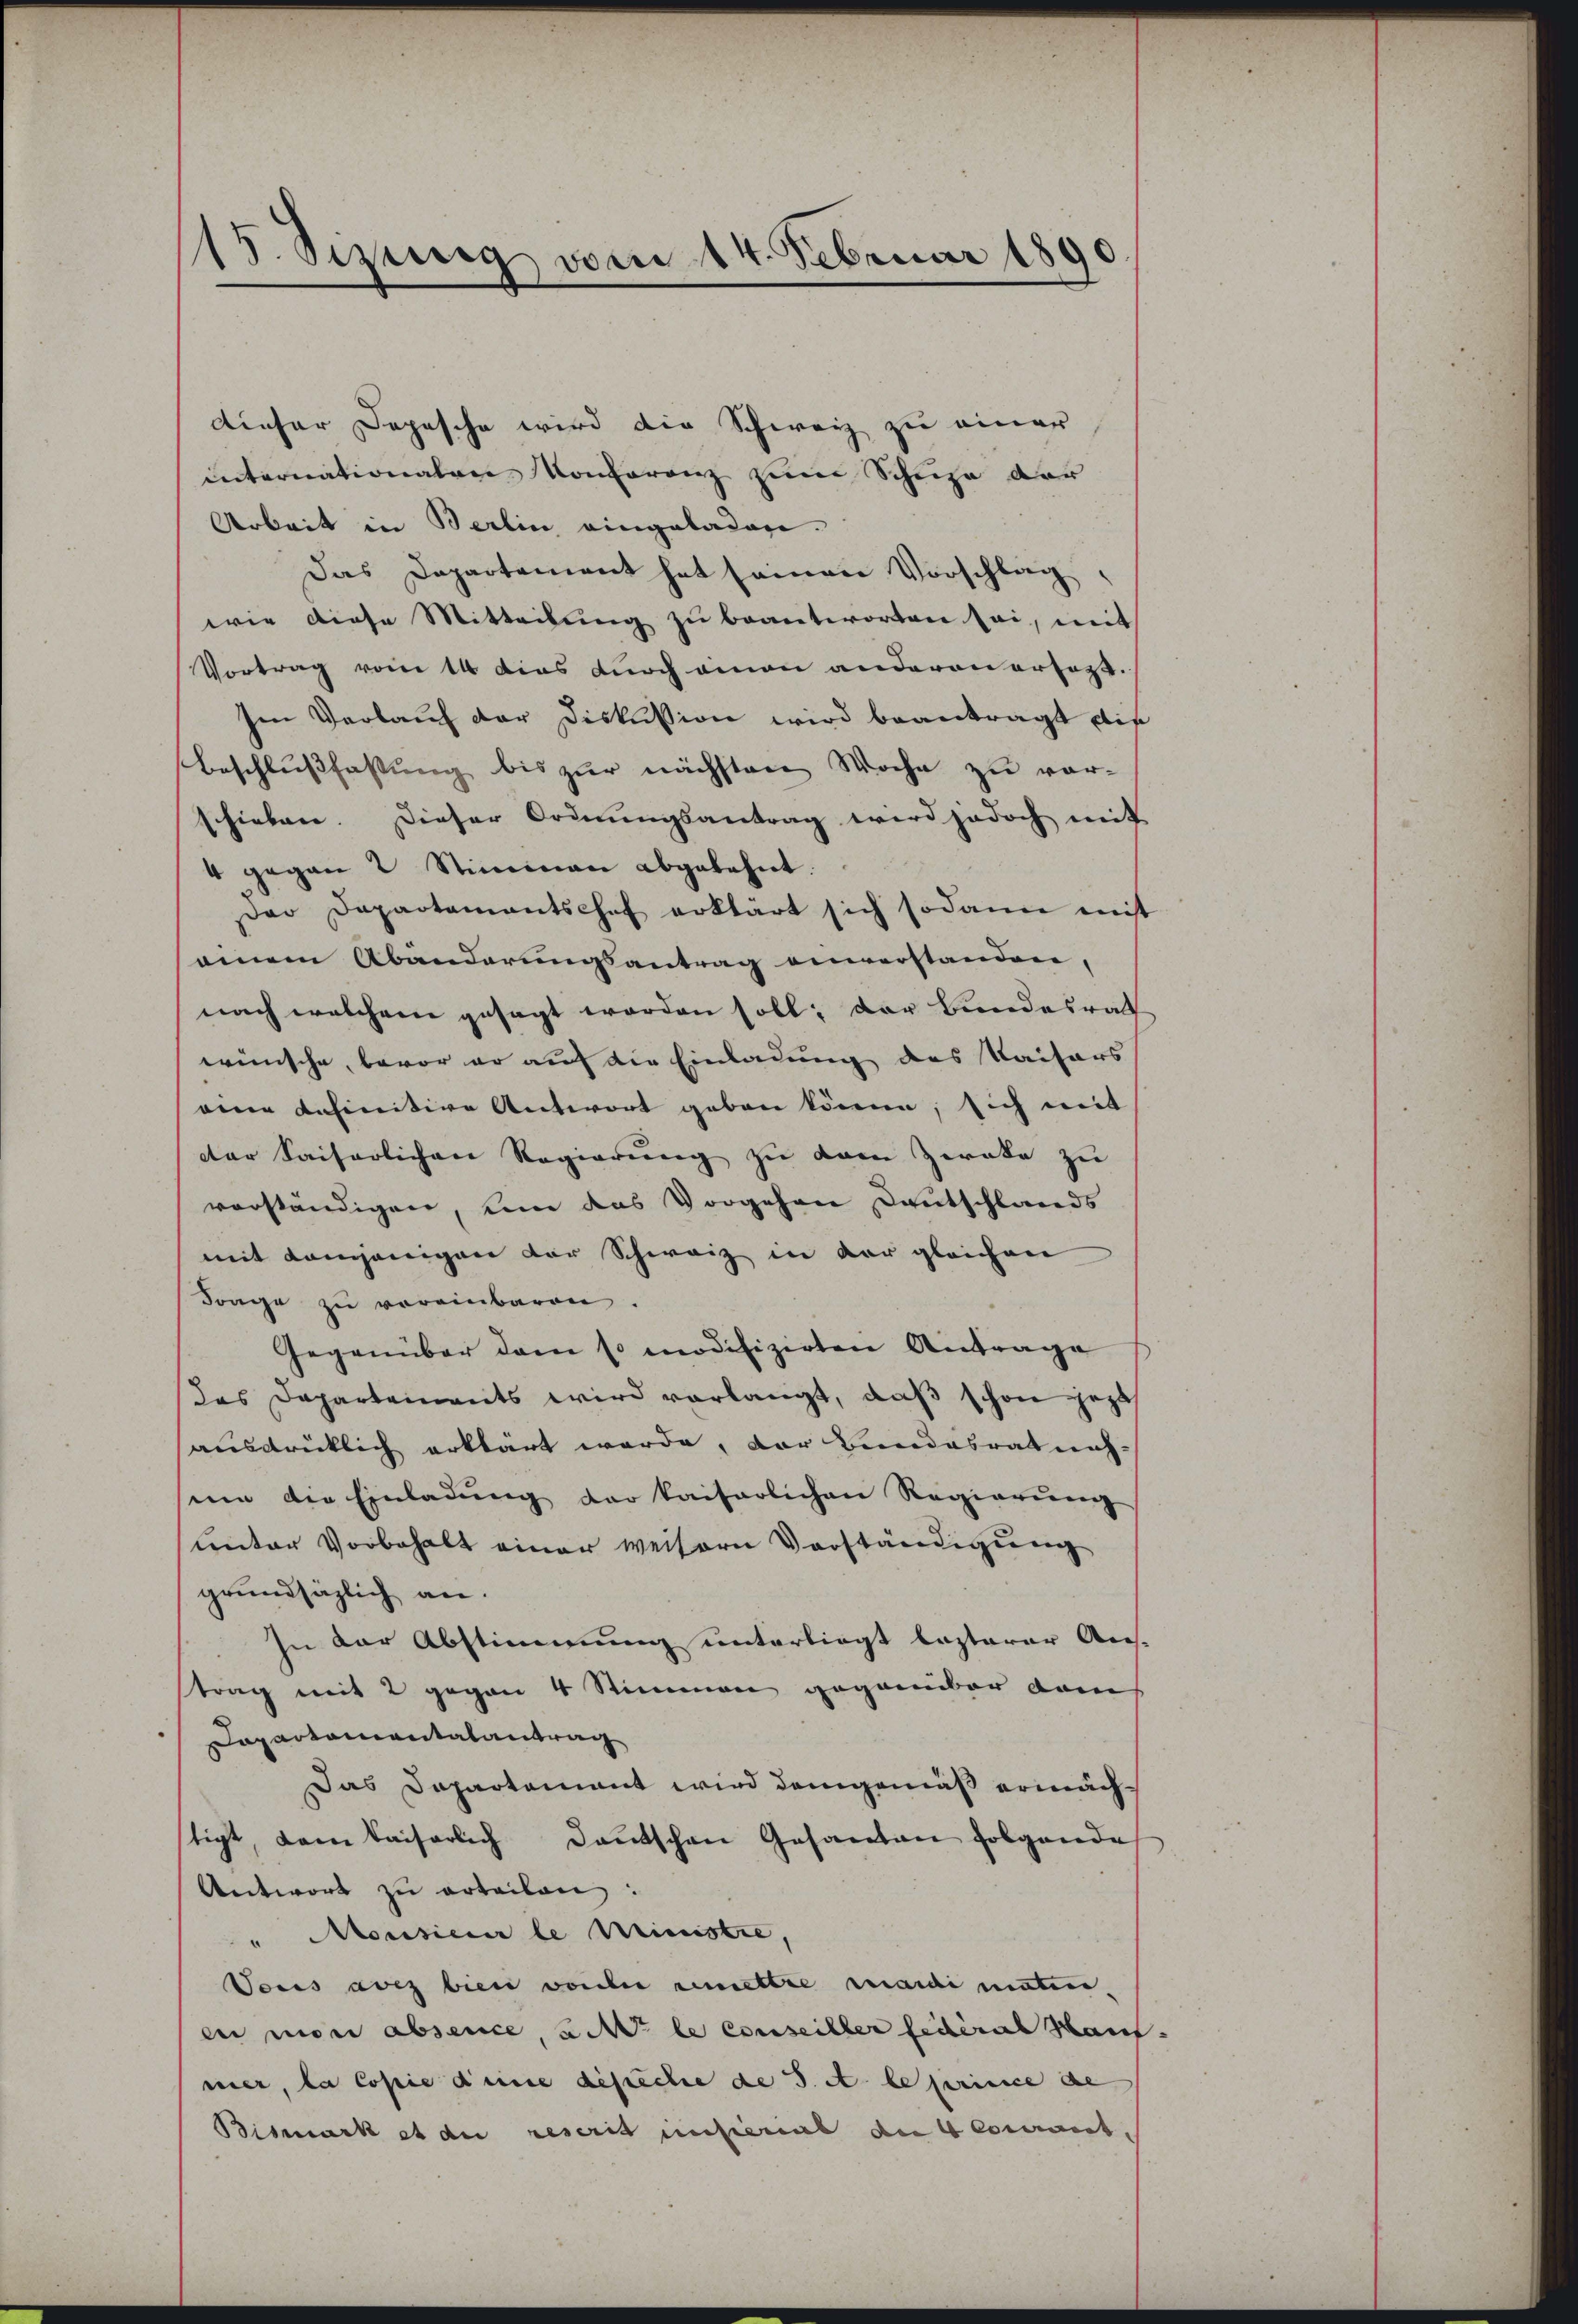
15. Sizinnig vom 14. Februar 189

dieser Depesche wird die Schweiz zu einer
internationalen Konferenz zum Schuhe der
Arbeit in Berlin eingeladen.
Das Departement hat seinen Vorschlag,
wie diese Mitteilŭng zu beantworten sei, mit
Vortrag vom 14 dies durch einau anderen ersagt.
Im Verlauf der Diskussion wird beantragt die
Beschlußfassung bis zur nächsten Woche zu vorhieben. Dieser Ordnŭngsantrag wird jedoch mit
4 gegen 2 Stimmen abgelehnt.
Der Departamentschef erklärt sich sodann mit
seinem Abänderungsantrag einverstanden,
nach welchem gesagt worden soll; der Bundesrath
wünsche, bevor er auf die Einladung des Kaisers
eine definitive Antwort geben könne, sich mit
der Saiserlichen Regierung zu dem Zwote zu
verständigen, um das Vorgehen Deutschlands
mit demjenigen der Schweiz in der gleichen
Frage zŭ vereinbaren.
Gegenüber dem so modifizirten Antrage
Das Departements wird vorlangt, daß schon jezt
ausdrücklich erklärt werde, der Bundesrat nach-
sum die Einladŭng der kaiserlichen Regierŭng
unter Vorbehalt einer weitern Vorständigung
grundsäzlich an.
In der Abstimmung unterliegt lasterer Aus-
trag mit 2 gegen 4 Stimmen gegenüber dem
Dapartementalantrag
Das Departement wird demgemäß ermächtigt, dem kaiserlich Deutschen Gesanten folgende
Antwort zu erteilen:
" Monsieur le Ministre,
Vous avez bien vorher nimettre mardi maten,
en mon absence, wir le conseiller federal Man
mer, la copie deine desiche de 3. A le prince de
Bismark et die rescrit unsterial an genannt¬